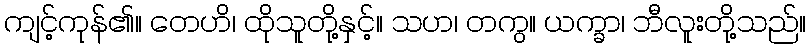
ကျင့်ကုန်၏။ တေဟိ၊ ထိုသူတို့နှင့်။ သဟ၊ တကွ။ ယက္ခာ၊ ဘီလူးတို့သည်။